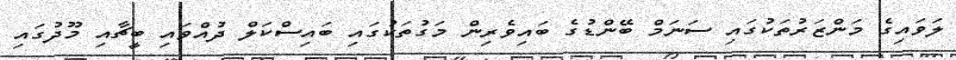
ލަވައިގެ މަންޒަރުތަކުގައި ސަނަމް ބޭންޑުގެ ބައިވެރިން މަގުތަކުގައި ބައިސްކަލް ދުއްވައި ބީޗާއި މޫދުގައި